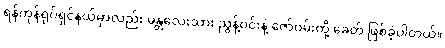
ရန်ကုန်ရုပ်ရှင်နယ်မှာလည်း မန္တလေးသား ညွန့်ဝင်းနဲ့ ဇော်ဝမ်းတို့ ခေတ် ဖြစ်ခဲ့ပါတယ်။